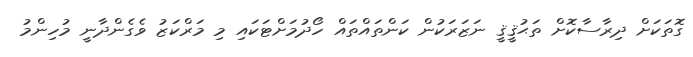
ގޮތަކަށް ދިރާސާކޮށް ތަޙުޤީޤީ ނަޒަރަކުން ކަންތައްތައް ހޯދުމަށްޓަކައި މި މަރްކަޒު ވެގެންދާނީ މުހިންމު